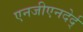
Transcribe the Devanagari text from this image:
एनजीएनदेर्द्